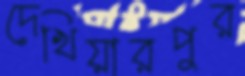
দেখিয়ারপুর